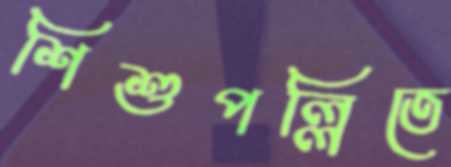
শিশুপল্লিতে